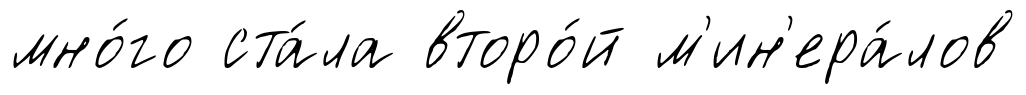
мно́го ста́ла второ́й м'ин'ера́лов